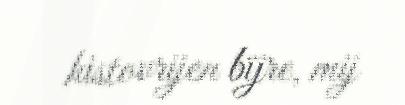
histovrijen bïjre, mij